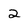
Character: 2